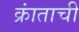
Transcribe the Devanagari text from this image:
क्रांताची